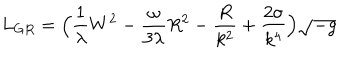
L _ { G R } = \Big ( \frac { 1 } { \lambda } W ^ { 2 } - \frac { \omega } { 3 \lambda } R ^ { 2 } - \frac { R } { k ^ { 2 } } + \frac { 2 \sigma } { k ^ { 4 } } \Big ) \sqrt { - g }